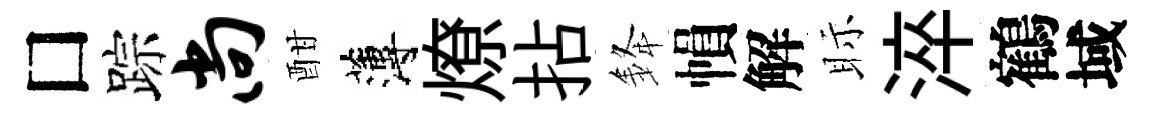
□踪尚酣薄燎拈𨦟𢄙解眎淬鶴域